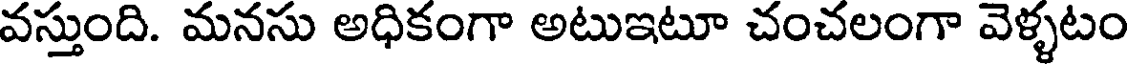
వస్తుంది. మనసు అధికంగా అటుఇటూ చంచలంగా వెళ్ళటం